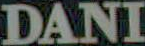
DANI